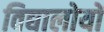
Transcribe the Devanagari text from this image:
विद्यालोयों